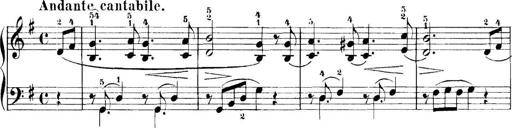
Title: 11 Sonatinas
Composer: Anton Diabelli